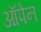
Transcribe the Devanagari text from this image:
ऑपेन